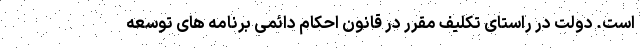
است. دولت در راستای تکلیف مقرر در قانون احکام دائمی برنامه های توسعه